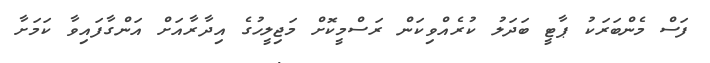
ފަސް މެންބަރަކު ޕާޓީ ބަދަލު ކުރެއްވިކަން ރަސްމީކޮށް މަޖިލީހުގެ އިދާރާއަށް އަންގާފައިވާ ކަމަށާ